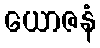
ယောဇနံ